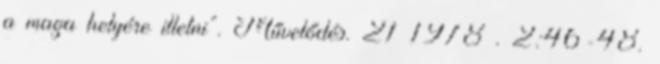
a maga helyére illetni”. Művelődés. 21 1978 . 2:46-48.